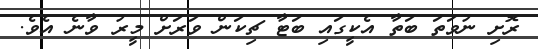
ރޮށި ނުވަތަ ބަތާ އެކީގައި ބަޓާ ޗިކަން ވަރަށް މީރު ވާނެ އެވެ.